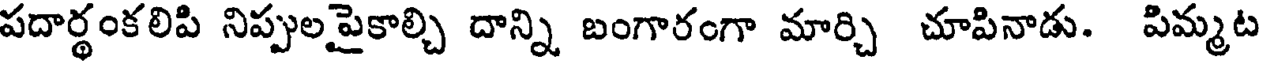
పదార్థంకలిపి నిప్పులపైకాల్చి దాన్ని బంగారంగా మార్చి చూపినాడు. పిమ్మట